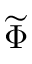
\widetilde { \Phi }